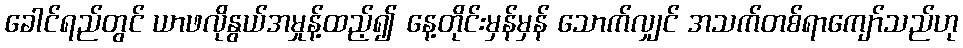
ခေါင်ရည်တွင် ယာဖလိုနွယ်အမှုန့်ထည့်၍ နေ့တိုင်းမှန်မှန် သောက်လျှင် အသက်တစ်ရာကျော်သည်ဟု